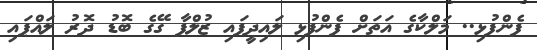
ފެންފުޅި.. މަލްކާގެ އަތަށް ފެންފުޅި ލައިދީފައި ޒުލްފާ ގޭގެ ބޮޑު ދޮރު ލައްޕައި